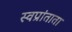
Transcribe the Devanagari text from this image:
स्वप्रांताता